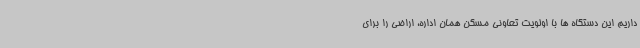
داریم این دستگاه ها با اولویت تعاونی مسکن همان اداره، اراضی را برای